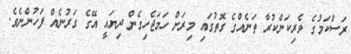
ރަސްކަމުގެ ވެރިކަންކުރާ ތަނެއްގެ ގޮތުގައި މިރަށް ހަމަޖެހިގެން ދިޔައީ އޭގެ ގަރުނެއް ފަހުންނެވެ.